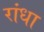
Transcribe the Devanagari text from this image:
रांधा